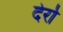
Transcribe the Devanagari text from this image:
देर्रा